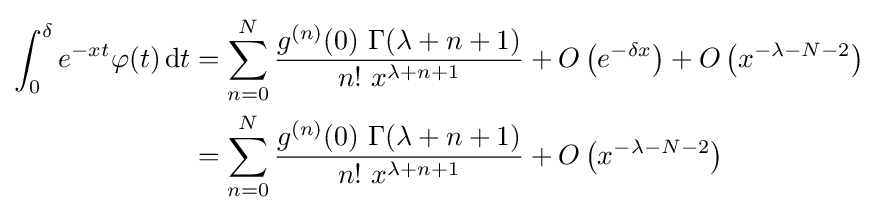
{\begin{aligned}\int _{0}^{\delta }e^{-xt}\varphi (t)\,\mathrm {d} t&=\sum _{n=0}^{N}{\frac {g^{(n)}(0)\ \Gamma (\lambda +n+1)}{n!\ x^{\lambda +n+1}}}+O\left(e^{-\delta x}\right)+O\left(x^{-\lambda -N-2}\right)\\&=\sum _{n=0}^{N}{\frac {g^{(n)}(0)\ \Gamma (\lambda +n+1)}{n!\ x^{\lambda +n+1}}}+O\left(x^{-\lambda -N-2}\right)\end{aligned}}